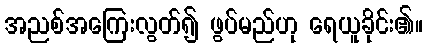
အညစ်အကြေးလွတ်၍ ဖွပ်မည်ဟု ရေယူခိုင်း၏။